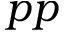
p p